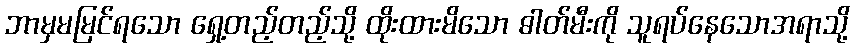
ဘာမှမမြင်ရသော ရှေ့တည့်တည့်သို့ ထိုးထားမိသော ဓါတ်မီးကို သူရပ်နေသောအရာသို့